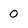
Character: 0